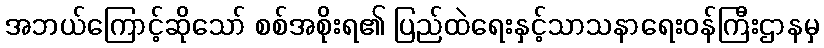
အဘယ်ကြောင့်ဆိုသော် စစ်အစိုးရ၏ ပြည်ထဲရေးနှင့်သာသနာရေးဝန်ကြီးဌာနမှ